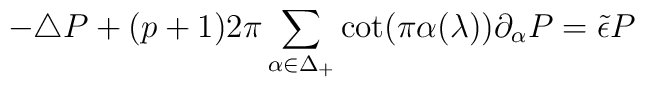
-\triangle P+(p+1)2\pi\sum_{\alpha\in\Delta_+}\cot(\pi\alpha(\lambda))\partial_\alpha P=\tilde\epsilon P